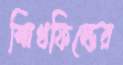
স্মিথফিল্ডের